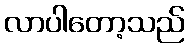
လာပါတော့သည်